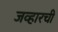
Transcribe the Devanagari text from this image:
जव्हारची